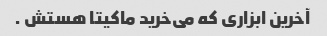
آخرین ابزاری که می‌خرید ماکیتا هستش .